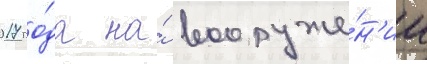
2017 го́да на́ вооруже́н'ии